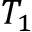
T _ { 1 }